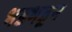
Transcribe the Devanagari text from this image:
भडभडून